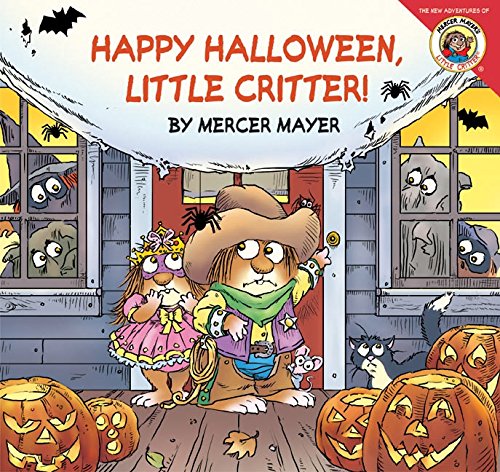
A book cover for Little Critter: Happy Halloween, Little Critter!; Mercer Mayer; Children's Books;